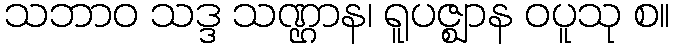
သဘာဝ သဒ္ဒ သဏ္ဌာန၊ ရူပဇ္ဈာန ဝပူသု စ။